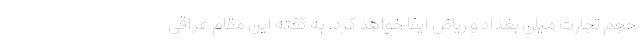
حجم تجارت میان بغداد و ریاض ایفا خواهد کرد. به گفته این مقام عراقی